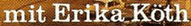
mit Erika Koth